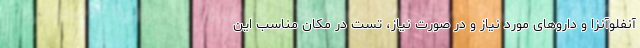
آنفلوآنزا و داروهای مورد نیاز و در صورت نیاز، تست در مکان مناسب این